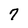
Character: 7